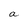
Character: a